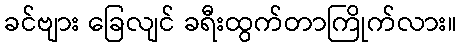
ခင်ဗျား ခြေလျင် ခရီးထွက်တာကြိုက်လား။